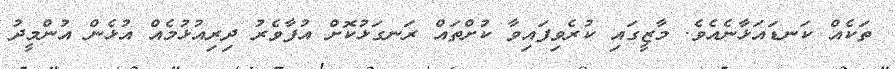
ތަކެއް ކަނޑައަޅާނެއެވެ. މާޒީގައި ކުރެވިފައިވާ ކުށްތައް ރަނގަޅުކޮށް އުފާވެރު ދިރިއުޅުމެއް އުޅެން އުންމީދު